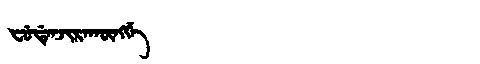
Manchu: ᠸᡠᡩᡝᠨᠵᡳᡵᠠᡴᡡᠩᡤᡝ
Romanization: FUDENJIRAKŪNGGE